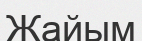
Жайым